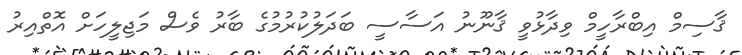
ޤާސިމް އިބްރާހީމް ވިދާޅުވީ ޤާނޫނު އަސާސީ ބަދަލުކުރުމުގެ ބާރު ވެސް މަޖިލީހަށް އޮތްއިރު